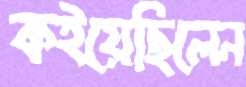
কইয়েছিলেন